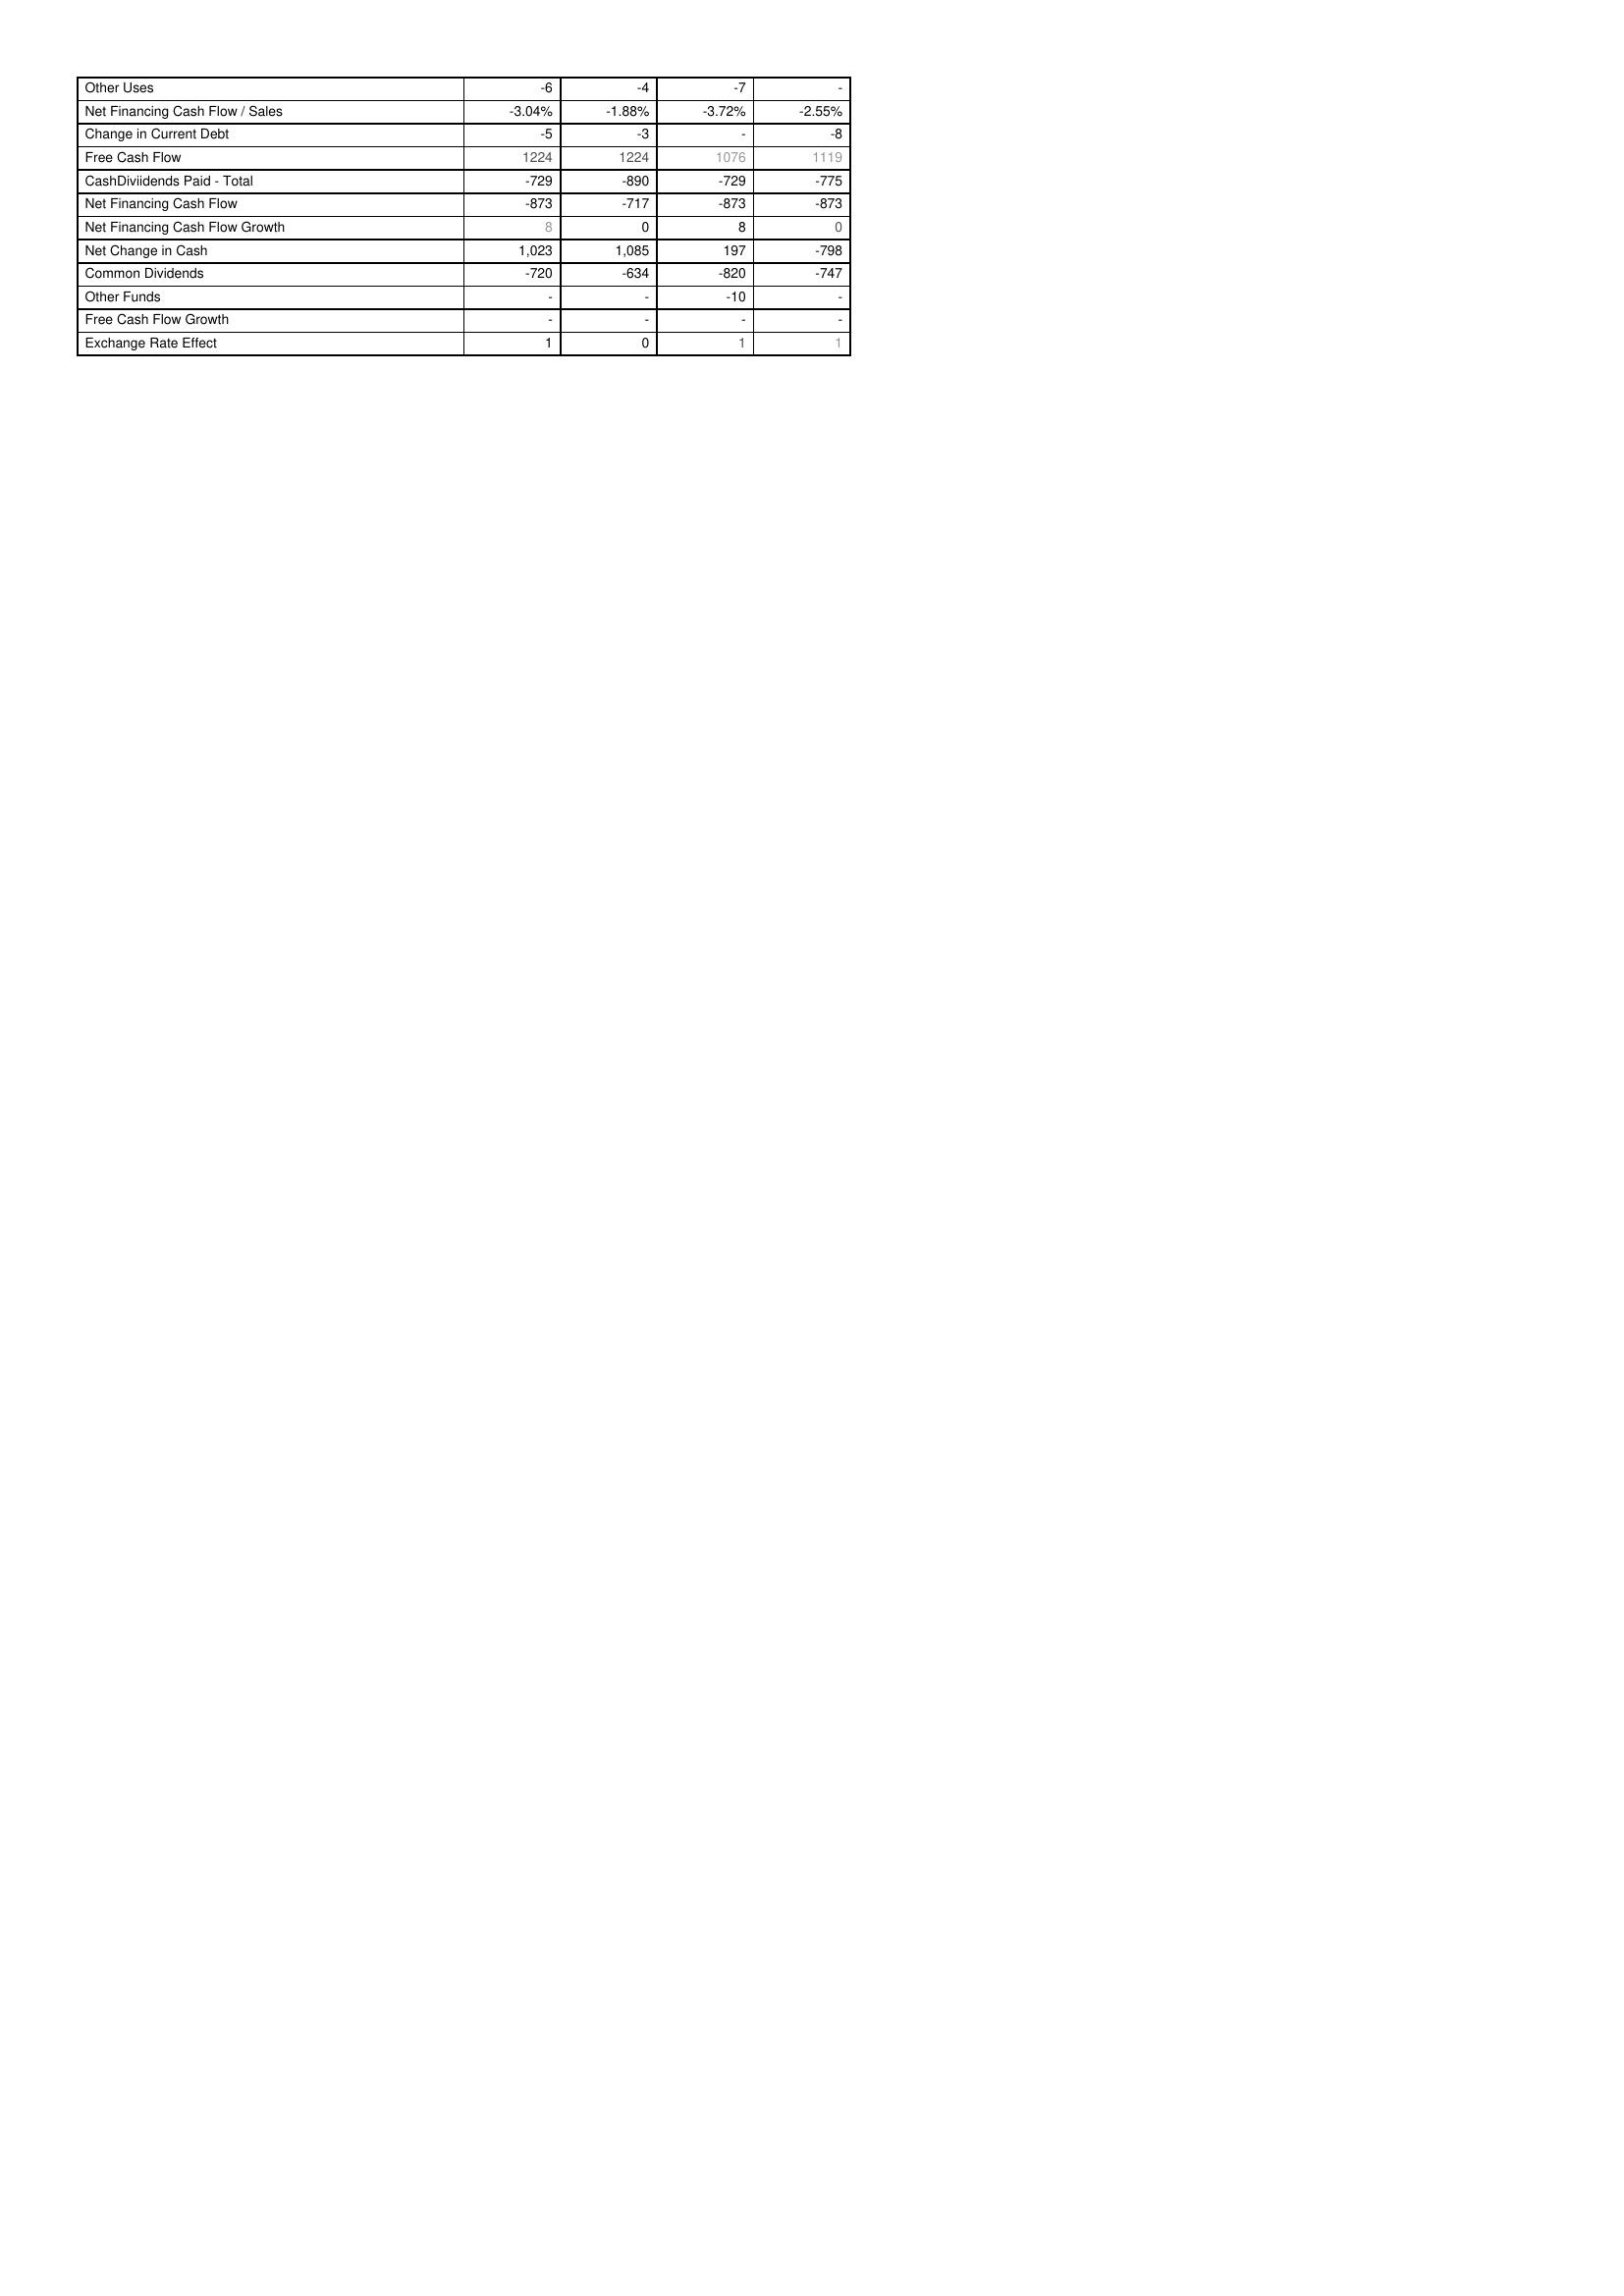
2004: Financing Activities: Other Uses: -6
Net Financing Cash Flow / Sales: -3.04%
Change in Current Debt: -5
Free Cash Flow: 1224
CashDiviidends Paid - Total: -729
Net Financing Cash Flow: -873
Net Financing Cash Flow Growth: 8
Net Change in Cash: 1,023
Common Dividends: -720
Other Funds: -
Free Cash Flow Growth: -
Exchange Rate Effect: 1
2005: Financing Activities: Other Uses: -4
Net Financing Cash Flow / Sales: -1.88%
Change in Current Debt: -3
Free Cash Flow: 1224
CashDiviidends Paid - Total: -890
Net Financing Cash Flow: -717
Net Financing Cash Flow Growth: 0
Net Change in Cash: 1,085
Common Dividends: -634
Other Funds: -
Free Cash Flow Growth: -
Exchange Rate Effect: 0
2006: Financing Activities: Other Uses: -7
Net Financing Cash Flow / Sales: -3.72%
Change in Current Debt: -
Free Cash Flow: 1076
CashDiviidends Paid - Total: -729
Net Financing Cash Flow: -873
Net Financing Cash Flow Growth: 8
Net Change in Cash: 197
Common Dividends: -820
Other Funds: -10
Free Cash Flow Growth: -
Exchange Rate Effect: 1
2007: Financing Activities: Other Uses: -
Net Financing Cash Flow / Sales: -2.55%
Change in Current Debt: -8
Free Cash Flow: 1119
CashDiviidends Paid - Total: -775
Net Financing Cash Flow: -873
Net Financing Cash Flow Growth: 0
Net Change in Cash: -798
Common Dividends: -747
Other Funds: -
Free Cash Flow Growth: -
Exchange Rate Effect: 1